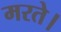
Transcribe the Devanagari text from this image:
मरते।